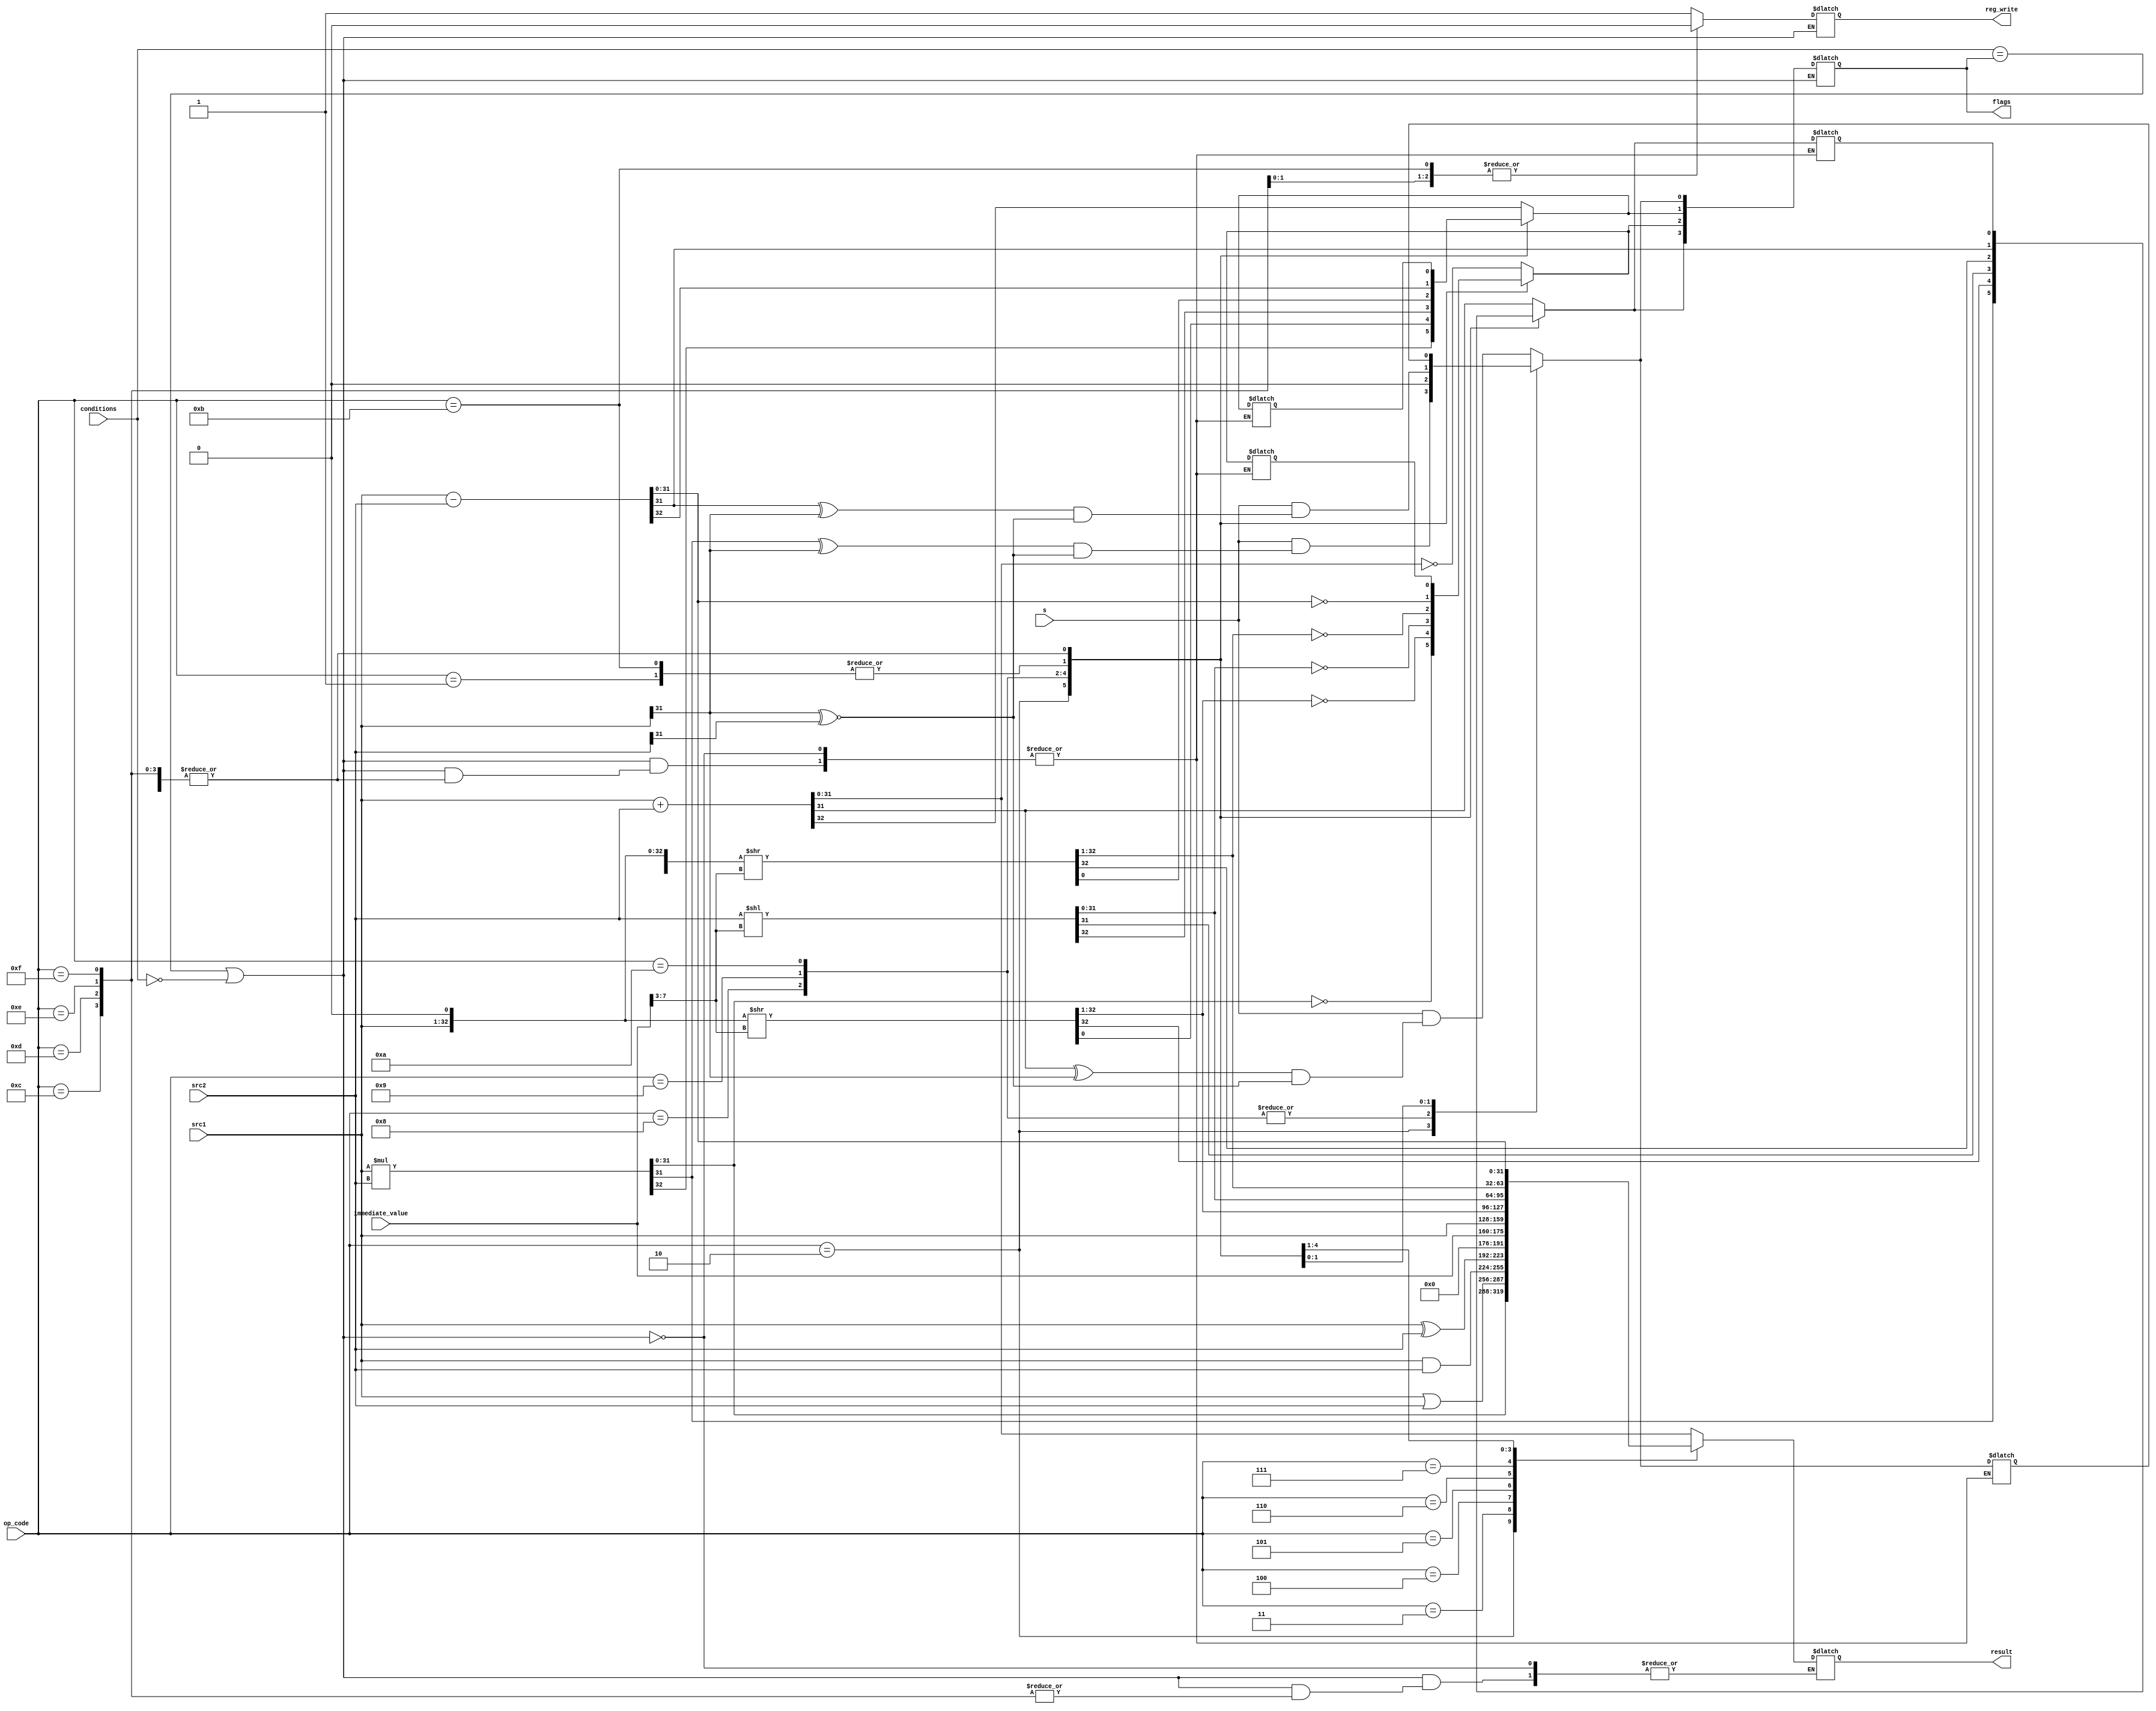
module ALU(src1, src2, op_code, immediate_value, conditions, s, flags, result, reg_write);
    input [31:0] src1, src2;
    input [3:0] op_code;
    input [15:0] immediate_value;
    input [3:0] conditions;
    input s;
    output reg [31:0] result;
	output reg [3:0] flags;
	reg N, Z, C, V;
	
	reg [4:0] shift_bits;
	output reg reg_write;


    always @(*) begin		
		shift_bits = immediate_value[7:3];
		
		// $display("conditions: =%b", conditions);
		
		if( conditions==flags || conditions==4'b0) begin
			case (op_code)
				4'b0000: begin
					//(R1=R2+R3)
					result = src1 + src2;
					
					// calculate flags
					{C, result} = src1 + src2;
					N = result[31];
					Z = result==0;
					V = s&&((result[31]^src1[31])&&(src1[31]~^src2[31]));
					reg_write = 1;
					//$display($time, "NZCV:%b%b%b%b",N,Z,C,V);
				end
				
				4'b0001: begin
					//(R1=R2-R3)
					 result = src1 - src2;
					
					// calculate flags
					 {C, result} = src1 - src2;
					N = result[31];
					Z = result==0;
					V = s&&((result[31]^src1[31])&&(src1[31]~^src2[31]));
					reg_write = 1;
				end
				
				4'b0010: begin
					//(R1=R2*R3)
					//(assume the result is 32-bit maximum)
					result = src1 * src2;
					
					
					{C, result} = src1 * src2;
					N = result[31];
					Z = result==0;
					V = s&&((result[31]^src1[31])&&(src1[31]~^src2[31]));
					reg_write = 1;
				end
				
				4'b0011: begin
					//(R1=R2 OR R3)
					result = src1|src2;
					reg_write = 1;
				end
				
				4'b0100: begin
					//(R1=R2 AND R3)
					result = src1&src2;	
					reg_write = 1;					
				end
				
				4'b0101: begin
					//(R1=R2 XOR R3)
					result = src1^src2;
					reg_write = 1;
				end
				
				4'b0110: begin
					//Initialize R1 with an immediate number n, 0 <= n <= (2161)
					// $display("immediate_value=%b", immediate_value);
					result = immediate_value;
					reg_write = 1;
				end
				
				4'b0111: begin
					//Copy R2 to R1
					result = src1;
					reg_write = 1;
				end
				
				4'b1000: begin
					//(R1=R2 >>n), 1 <= n <= 31
					// result = {src1>>immediate_value};
					
					{result, C} = {{src1,1'b0} >> shift_bits};
					N = result[31];
					Z = result==0;
					V = 1'b0;
					reg_write = 1;
				end
				
				4'b1001: begin
					//(R1=R2 <<n), 1 <= n <= 31
					// result = {src1<<immediate_value};
					// MOV R4, R2, LSL#2
					// // MOV dest, src2, N/A
					// $display("source 2 = %d", src2);
					// $display("immediate_value = %b", immediate_value);
					
					{C, result} = {{1'b0,src2} << shift_bits};
					N = result[31];
					Z = result==0;
					V = 1'b0;
					reg_write = 1;
				end
				
				4'b1010: begin
					//(R1=Rotate right R2 by n-bit) , 1 <= n <= 31
					// result = {{src1,src1}>>immediate_value};
					
					{result,C} = {{src1,src1,1'b0} >> shift_bits};
					N = result[31];
					Z = result==0;
					V = 1'b0;
					reg_write = 1;
				end
				
				4'b1011: begin
					//Compare R1 with R2 and set the status flags
					{C, result} = src1 - src2;
					N = result[31];
					Z = result==0;
					V = s&&((result[31]^src1[31])&&(src1[31]~^src2[31]));
					reg_write = 0;
				end
				
				4'b1100: begin
					//Initialize R1 with a 16-bit address n, 0 <= n <= (2161)
					reg_write = 1;
				end
				
				4'b1101: begin
					//Load R2 with the contents at memory address R1
					reg_write = 1;
				end
				
				4'b1110: begin
					//Store R2 at memory address R1
					reg_write = 0;
				end
				
				4'b1111: begin
					//No Operation - Skip this instruction
					//remember to check the status of pc
					reg_write = 0;
				end
			endcase
			flags = {N,Z,C,V};
			$display("Op Code: %b || flags N,Z,C,V: %b", op_code, flags);
		end
        else
			$display("Conditions not met, do nothing..");
    end
endmodule